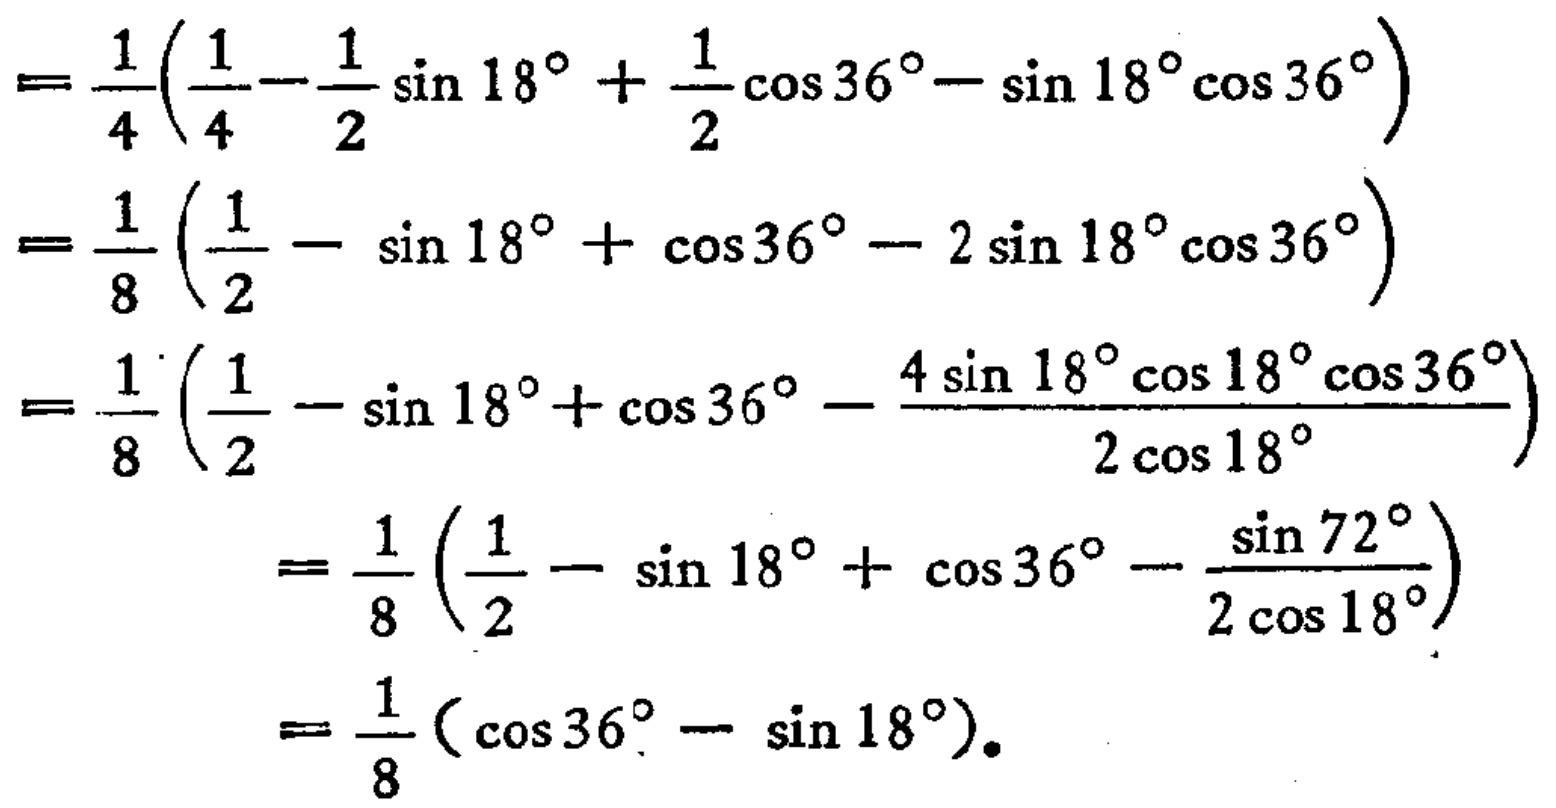
\[

\begin{align*}

&=\frac{1}{4}\left(\frac{1}{4}-\frac{1}{2}\sin18^{\circ}+\frac{1}{2}\cos36^{\circ}-\sin18^{\circ}\cos36^{\circ}\right)\\

&=\frac{1}{8}\left(\frac{1}{2}-\sin18^{\circ}+\cos36^{\circ}-2\sin18^{\circ}\cos36^{\circ}\right)\\

&=\frac{1}{8}\left(\frac{1}{2}-\sin18^{\circ}+\cos36^{\circ}-\frac{4\sin18^{\circ}\cos18^{\circ}\cos36^{\circ}}{2\cos18^{\circ}}\right)\\

&=\frac{1}{8}\left(\frac{1}{2}-\sin18^{\circ}+\cos36^{\circ}-\frac{\sin72^{\circ}}{2\cos18^{\circ}}\right)\\

&=\frac{1}{8}\left(\cos36^{\circ}-\sin18^{\circ}\right).

\end{align*}

\]